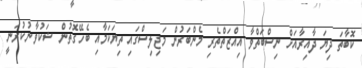
ކޮބާތަ ދިޔަ ދާއިރާއަށް ނިސްބަތްވާ އިއްޒަތްތެރި މެންބަރުން މަޖިލިސްގައި ތިޔަކަމާއި ބެހޭގޮތުން ޝަކުވާނުކުރަނީ